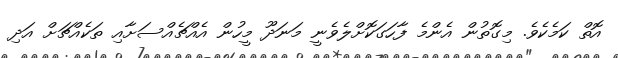
އޮތް ކަމެކެވެ. މިގޮތުން އެންމެ ފާހަގަކޮށްލެވެނީ މަނަދޫ މީހުން އެއްޗެއްސަށާއި ތަކެއްޗަށް އަދި